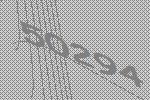
50294